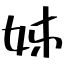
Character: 姊